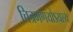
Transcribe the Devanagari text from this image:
चित्रमणयोऽयस्य